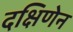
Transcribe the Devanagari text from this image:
दक्षिणेन